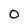
Character: 0